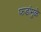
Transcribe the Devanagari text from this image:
फडांमुळे